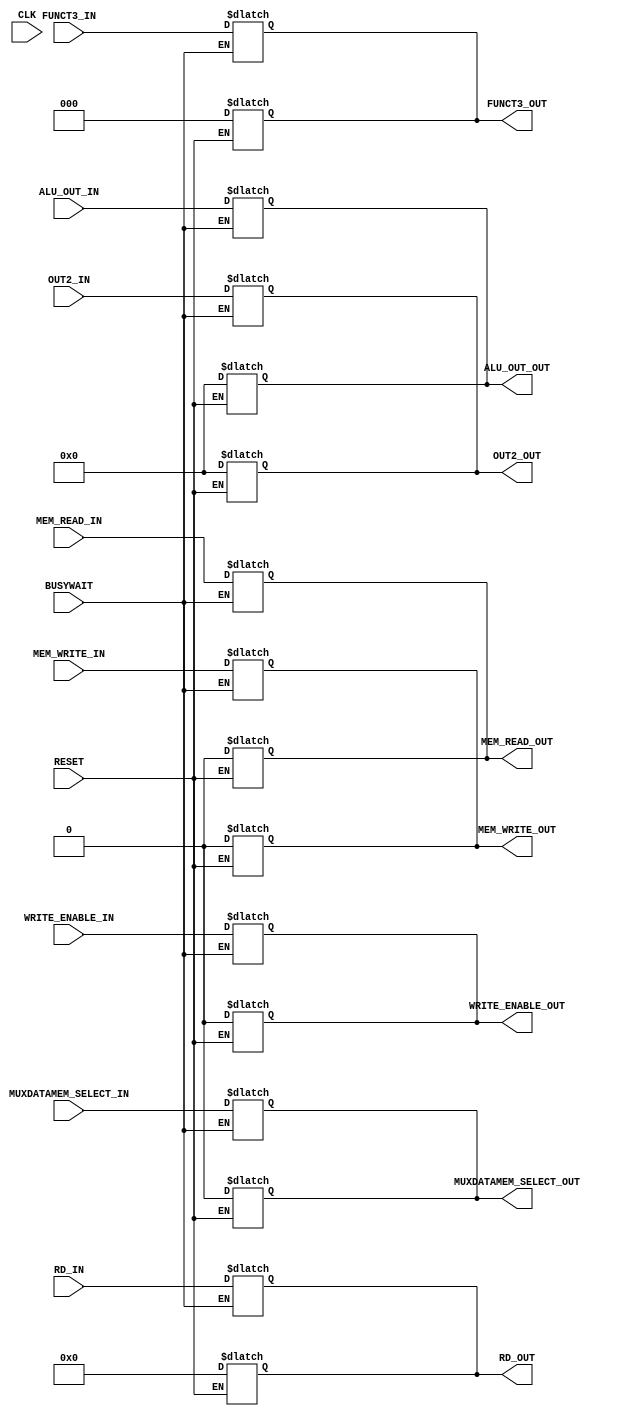
// Advanced Computer Architecture (CO502)
// Design: EX_MEM Pipeline Register
// Group Number: 4
// E Numbers: E/18/077, E/18/397, E/18/402
// Names: Nipun Dharmarathne, Shamod Wijerathne, Chatura Wimalasiri

`timescale  1ns/100ps

module EX_MEM_register(
	CLK,
	RESET,
	WRITE_ENABLE_IN,
	MUXDATAMEM_SELECT_IN,
	MEM_READ_IN,
	MEM_WRITE_IN,
	ALU_OUT_IN,
	OUT2_IN,
	RD_IN,
	FUNCT3_IN,
	WRITE_ENABLE_OUT,
	MUXDATAMEM_SELECT_OUT,
	MEM_READ_OUT,
	MEM_WRITE_OUT,
	ALU_OUT_OUT,
	OUT2_OUT,
	RD_OUT,
	FUNCT3_OUT,
	BUSYWAIT
);
	//port declarations
	
	input CLK, RESET, WRITE_ENABLE_IN, MUXDATAMEM_SELECT_IN, MEM_READ_IN, MEM_WRITE_IN, BUSYWAIT;
	input [2:0] FUNCT3_IN;
	input [4:0] RD_IN;
	input [31:0] ALU_OUT_IN, OUT2_IN;
	
	output reg WRITE_ENABLE_OUT, MUXDATAMEM_SELECT_OUT, MEM_READ_OUT, MEM_WRITE_OUT;
	output reg [2:0] FUNCT3_OUT;
	output reg [4:0] RD_OUT;
	output reg [31:0] ALU_OUT_OUT, OUT2_OUT;
	
	
	
	// reset the registers
    always @ (*) begin
        if (RESET) begin
            #1;
            WRITE_ENABLE_OUT = 1'd0;
			MUXDATAMEM_SELECT_OUT = 1'd0;
			MEM_READ_OUT = 1'd0;
			MEM_WRITE_OUT = 1'd0;
			FUNCT3_OUT = 3'd0;
			RD_OUT = 5'd0;
			ALU_OUT_OUT = 32'd0;
			OUT2_OUT = 32'd0;
        end
    end
	
	// input data tranmits to outputs at the positive edge of the clock
	// Assignments to outputs happen simultaneously
		always @ (*) begin
        if (BUSYWAIT == 1'b0 ) begin
			#2
            WRITE_ENABLE_OUT <= WRITE_ENABLE_IN;
			MUXDATAMEM_SELECT_OUT <= MUXDATAMEM_SELECT_IN;
			MEM_READ_OUT <= MEM_READ_IN;
			MEM_WRITE_OUT <= MEM_WRITE_IN;
			FUNCT3_OUT <= FUNCT3_IN;
			RD_OUT <= RD_IN;
			ALU_OUT_OUT <= ALU_OUT_IN;
			OUT2_OUT <= OUT2_IN;
        end
    end

endmodule